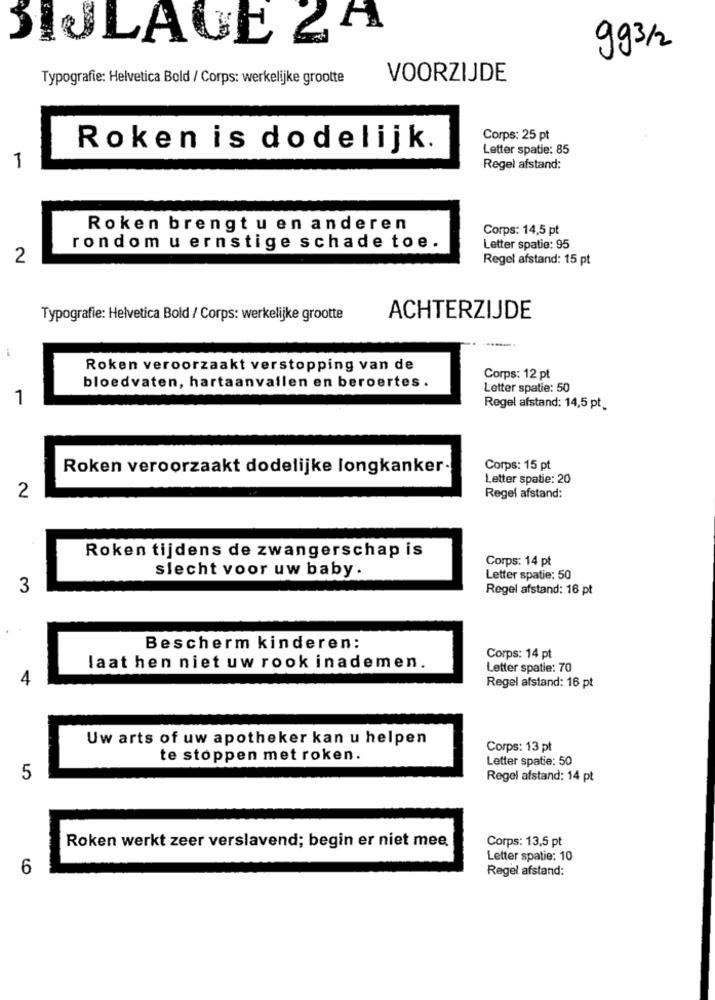
BIJLAGE &
993/2
Typografie: Helvetica Bold / Corps: werkelijke grootte
VOORZIJDE
Corps: 25 pt
Roken is dodelijk.
Letter spatie: 85
1
Regel afstand:
Roken brengt u en anderen
Corps: 14,5 pt
rondom u ernstige schade toe.
Letter spatie: 95
2
Regel afstand: 15 pt
Typografie: Helvetica Bold / Corps: werkelijke grootte
ACHTERZIJDE
-
Roken veroorzaakt verstopping van de
Corps: 12 pt
bloedvaten, hartaanvallen en beroertes .
Letter spatie: 50
1
Regel afstand: 14,5 pt_
Roken veroorzaakt dodelijke longkanker.
Corps: 15 pt
Letter spatie: 20
2
Regel afstand:
Roken tijdens de zwangerschap is
Corps: 14 pt
slecht voor uw baby.
Letter spatie: 50
3
Regel afstand: 16 pt
Bescherm kinderen:
Corps: 14 pt
laat hen niet uw rook inademen.
Letter spatie: 70
4
Regel afstand: 16 pt
Uw arts of uw apotheker kan u helpen
Corps: 13 pt
te stoppen met roken.
Letter spatie: 50
5
Regel afstand: 14 pt
Roken werkt zeer verslavend; begin er niet mee.
Corps: 13,5 pt
Letter spatie: 10
6
Regel afstand: